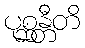
ပုစ္ဆန္တီတိ